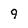
Character: 9